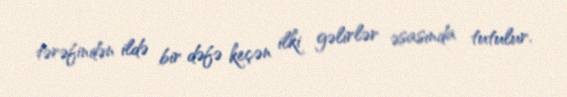
tərəfindən ildə bir dəfə keçən ilki gəlirlər əsasında tutulur.